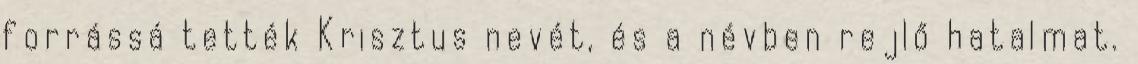
forrássá tették Krisztus nevét, és a névben rejlő hatalmat.